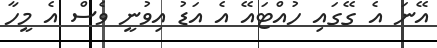
އޭނަ އެ ގޭގައި ހުއްޓައޭ އެ އަޑު އިވުނީ ވެސް އެ މީހާ